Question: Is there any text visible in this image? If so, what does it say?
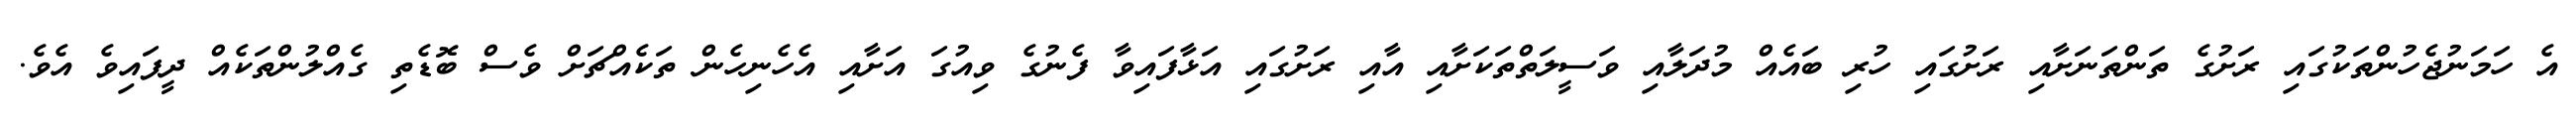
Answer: އެ ހަމަނުޖެހުންތަކުގައި ރަށުގެ ތަންތަނަށާއި ރަށުގައި ހުރި ބައެއް މުދަލާއި ވަސީލަތްތަކަށާއި އާއި ރަށުގައި އަޅާފައިވާ ފެނުގެ ވިއުގަ އަށާއި އެހެނިހެން ތަކެއްޗަށް ވެސް ބޮޑެތި ގެއްލުންތަކެއް ދީފައިވެ އެވެ.